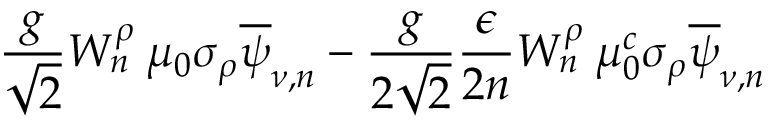
\frac { g } { \sqrt { 2 } } W _ { n } ^ { \rho } \: \mu _ { 0 } \sigma _ { \rho } \overline { { { \psi } } } _ { \nu , n } - \frac { g } { 2 \sqrt { 2 } } \frac { \epsilon } { 2 n } W _ { n } ^ { \rho } \: \mu _ { 0 } ^ { c } \sigma _ { \rho } \overline { { { \psi } } } _ { \nu , n }